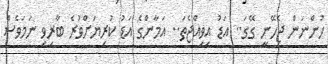
ހުންނަން ޖެހޭނީ ގޭގަ.. އަޑު އިވިއްޖެތަ.. އަމާންގެ އަޑު ކުރިޔަށްވުރެ ބާރިވި ނަމަވެސް